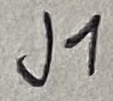
Text: J1